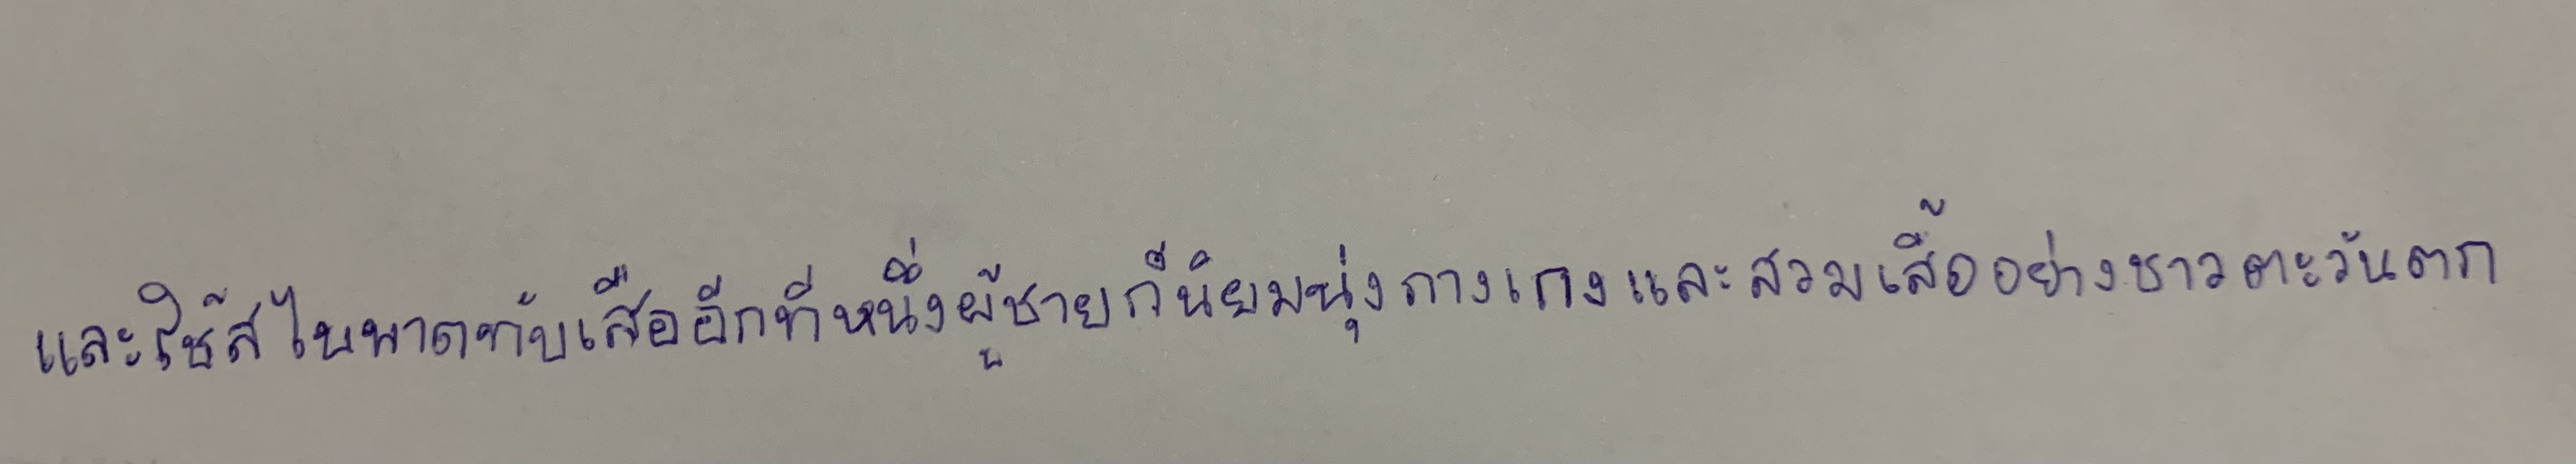
และใช้สไบพาดทับเสื้ออีกทีหนึ่งผู้ชายก็นิยมนุ่งกางเกงและสวมเสื้ออย่างชาวตะวันตก